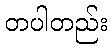
တပါတည်း